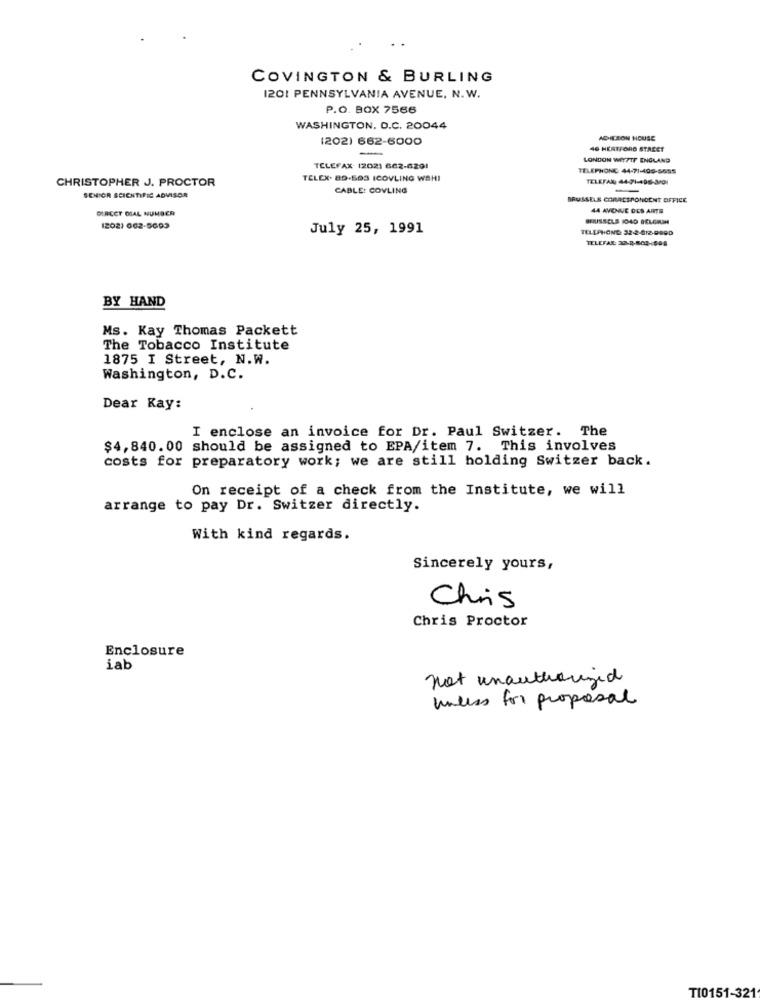
COVINGTON & BURLING
1201 PENNSYLVANIA AVENUE, N.W.
P.O. BOX 7566
WASHINGTON, D.C. 20044
(202) 662-6000
ADICION HOUSE
-
46 HERTFORD STREET
LONDON WIYFTE ENGLAND
TELEFAX: (2021 662-6291
TELEPHONE 44-71-495-5555
CHRISTOPHER J. PROCTOR
TELEX. 89-593 ICOVLING WSH!
TELEFAX 44-71-496-3001
CABLE: COVLING
SENIOR SCIENTIFIC ADVISOR
BRUSSELS CORRESPONDENT OFFICE
DIRECT DIAL NUMBER
44 AVENUE OCS ARTE
(202) 662-5693
July 25, 1991
TELEPHONE: 32-2-812-9990
TELEFAX: 28-2-802-508
BY HAND
Ms. Kay Thomas Packett
The Tobacco Institute
1875 I Street, N.W.
Washington, D.C.
Dear Kay:
I enclose an invoice for Dr. Paul Switzer. The
$4,840.00 should be assigned to EPA/item 7. This involves
costs for preparatory work; we are still holding Switzer back.
On receipt of a check from the Institute, we will
arrange to pay Dr. Switzer directly.
With kind regards.
Sincerely yours,
Chris
Chris Proctor
Enclosure
iab
not unauthorized
unless for proposal
TI0151-321